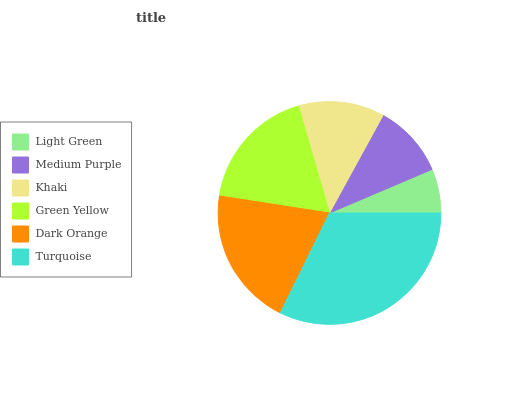
| Light Green | Medium Purple | Khaki | Green Yellow | Dark Orange | Turquoise |
 | --- | --- | --- | --- | --- | --- |
 | 6.4% | 10.6% | 12.5% | 18% | 20.2% | 32.3% |